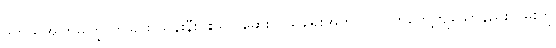
ဒုတိယအကြိမ်ကြွလာခြင်း သန်းနီးပါးသာ ဆေးကုသရေးအတွက် လက်တွေ့ကျသောနည်းလမ်းကို